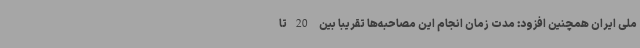
ملی ایران همچنین افزود: مدت زمان انجام این مصاحبه‌ها تقریبا بین 20تا